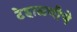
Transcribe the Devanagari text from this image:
टेहाळणीचे